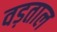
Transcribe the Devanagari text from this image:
वड़ताल